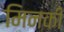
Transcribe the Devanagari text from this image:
मिनकी